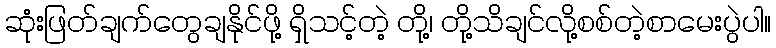
ဆုံးဖြတ်ချက်တွေချနိုင်ဖို့ ရှိသင့်တဲ့ တို့၊ တို့သိချင်လို့စစ်တဲ့စာမေးပွဲပါ။